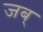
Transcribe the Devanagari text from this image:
जब्